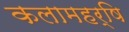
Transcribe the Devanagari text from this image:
कलामहर्षि